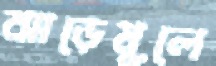
ঝাড়েমূলে